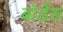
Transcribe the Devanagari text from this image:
बोर्डेस